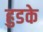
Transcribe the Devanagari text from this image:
हुडके